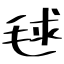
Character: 毬